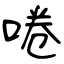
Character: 啳